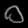
Digit: ၀